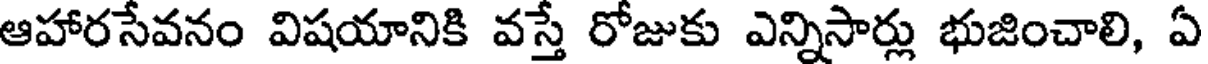
ఆహారసేవనం విషయానికి వస్తే రోజుకు ఎన్నిసార్లు భుజించాలి, ఏ